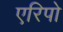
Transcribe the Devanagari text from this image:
एरिपो